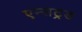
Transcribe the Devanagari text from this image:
एम्सट्रड